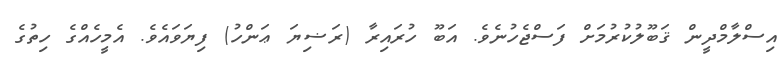
އިސްލާމްދީން ޤަބޫލުކުރުމަށް ފަސްޖެހުނެވެ. އަބޫ ހުރައިރާ (ރަޟިޔަ ޢަންހު) ފިޔަވައެވެ. އެމީހެއްގެ ހިތުގެ